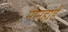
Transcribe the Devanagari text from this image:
मीनहार्ड